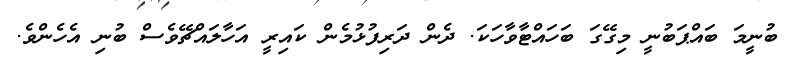
ބުނީމަ ބައްޕަބުނީ މިގޭގަ ބަހައްޓާވާހަކަ. ދެން ދަރިފުޅުމެން ކައިރީ އަހާލައްޗޭވެސް ބުނި އެހެންވެ.